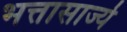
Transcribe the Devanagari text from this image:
भत्तासार्ज्य